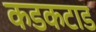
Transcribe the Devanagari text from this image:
कडकटाड